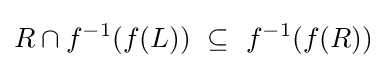
R\cap f^{-1}(f(L))~\subseteq ~f^{-1}(f(R))